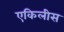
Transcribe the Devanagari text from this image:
एकिलीस